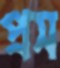
প্রস